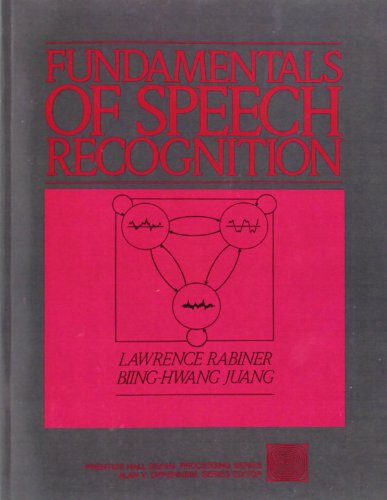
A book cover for Fundamentals of Speech Recognition; Lawrence Rabiner; Computers & Technology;